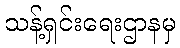
သန့်ရှင်းရေးဌာနမှ